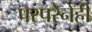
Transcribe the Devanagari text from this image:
परंपरेनेही